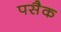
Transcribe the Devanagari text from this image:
पसैक